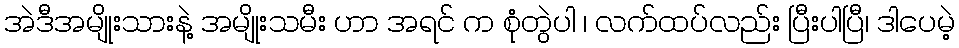
အဲဒီအမျိုးသားနဲ့ အမျိုးသမီး ဟာ အရင် က စုံတွဲပါ ၊ လက်ထပ်လည်း ပြီးပါပြီ၊ ဒါပေမဲ့